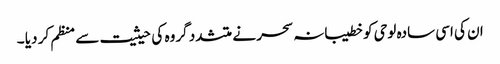
ان کی اسی سادہ لوحی کو خطیبانہ سحر نے متشدد گروہ کی حیثیت سے منظم کر دیا ۔